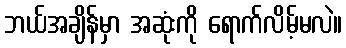
ဘယ်အချိန်မှာ အဆုံးကို ရောက်လိမ့်မလဲ။